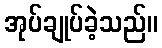
အုပ်ချုပ်ခဲ့သည်။